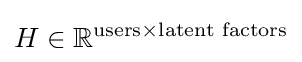
H\in \mathbb {R} ^{{\text{users}}\times {\text{latent factors}}}